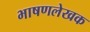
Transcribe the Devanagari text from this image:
भाषणलेखक